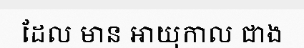
ដែល មាន អាយុកាល ជាង